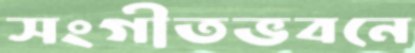
সংগীতভবনে